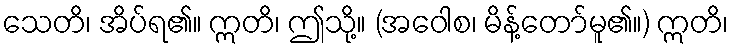
သေတိ၊ အိပ်ရ၏။ ဣတိ၊ ဤသို့။ (အဝေါစ၊ မိန့်တော်မူ၏။) ဣတိ၊